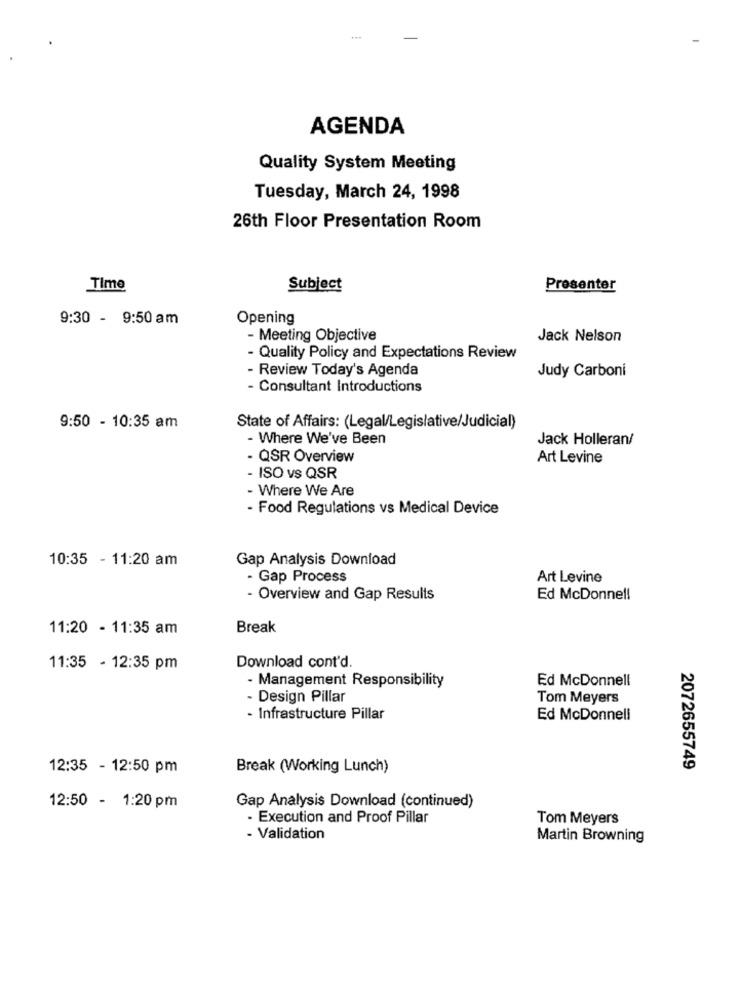
AGENDA
Quality System Meeting
Tuesday, March 24, 1998
26th Floor Presentation Room
Time
Subject
Presenter
9:30 - 9:50am
Opening
- Meeting Objective
Jack Nelson
- Quality Policy and Expectations Review
- Review Today's Agenda
Judy Carboni
- Consultant Introductions
9:50 - 10:35 am
State of Affairs: (Legal/Legislative/Judicial)
- Where We've Been
Jack Holleran/
- QSR Overview
Art Levine
ISO vs QSR
- Where We Are
- Food Regulations vs Medical Device
10:35 - 11:20 am
Gap Analysis Download
- Gap Process
Art Levine
- Overview and Gap Results
Ed McDonne !!
11:20 - 11:35 am
Break
11:35 - 12:35 pm
Download cont'd.
- Management Responsibility
Ed McDonnell
Design Pillar
Tom Meyers
- Infrastructure Pillar
Ed McDonnell
12:35 - 12:50 pm
Break (Working Lunch)
2072655749
12:50 - 1:20 pm
Gap Analysis Download (continued)
- Execution and Proof Pillar
Tom Meyers
- Validation
Martin Browning